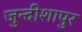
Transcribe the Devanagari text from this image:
जुन्दीशापुर